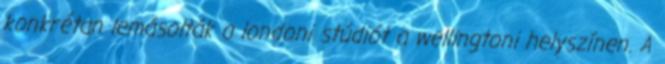
konkrétan lemásolták a londoni stúdiót a wellingtoni helyszínen. A